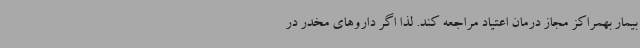
بیمار بهمراکز مجاز درمان اعتیاد مراجعه کند. لذا اگر داروهای مخدر در